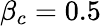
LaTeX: \beta_{c}=0.5